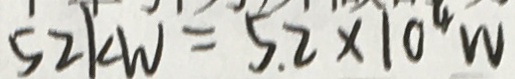
5 2 k W = 5 . 2 \times 1 0 ^ { 4 } W